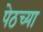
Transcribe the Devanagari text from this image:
पेठच्या